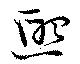
煕